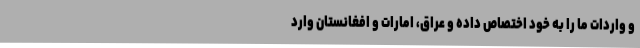
و واردات ما را به خود اختصاص داده و عراق، امارات و افغانستان وارد